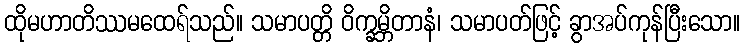
ထိုမဟာတိဿမထေရ်သည်။ သမာပတ္တိ ဝိက္ခမ္ဘိတာနံ၊ သမာပတ်ဖြင့် ခွာအပ်ကုန်ပြီးသော။